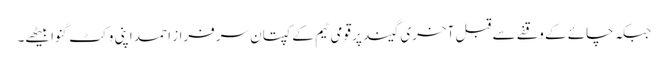
جبکہ چائے کے وقفے سے قبل آخری گیند پر قومی ٹیم کے کپتان سرفراز احمد اپنی وکٹ گنوا بیٹھے۔